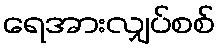
ရေအားလျှပ်စစ်